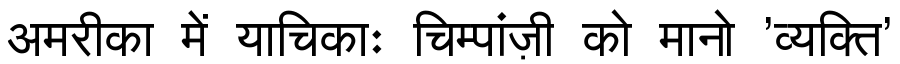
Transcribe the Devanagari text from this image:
अमरीका में याचिकाः चिम्पांज़ी को मानो 'व्यक्ति'